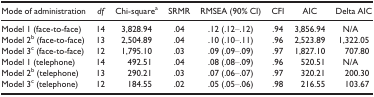
<table><thead><tr><td><b>Mode of administration</b></td><td><b><i>df</i></b></td><td><b>Chi-squarea</b></td><td><b>SRMR</b></td><td><b>RMSEA (90% CI)</b></td><td><b>CFI</b></td><td><b>AIC</b></td><td><b>Delta AIC</b></td></tr></thead><tbody><tr><td>Model 1 (face-to-face)</td><td>14</td><td>3,828.94</td><td>.04</td><td>.12 (.12–.12)</td><td>.94</td><td>3,856.94</td><td>N/A</td></tr><tr><td>Model 2b (face-to-face)</td><td>13</td><td>2,504.89</td><td>.04</td><td>.10 (.10–.11)</td><td>.96</td><td>2,523.89</td><td>1,322.05</td></tr><tr><td>Model 3c (face-to-face)</td><td>12</td><td>1,795.10</td><td>.03</td><td>.09 (.09–.09)</td><td>.97</td><td>1,827.10</td><td>707.80</td></tr><tr><td>Model 1 (telephone)</td><td>14</td><td>492.51</td><td>.04</td><td>.08 (.08–.09)</td><td>.96</td><td>520.51</td><td>N/A</td></tr><tr><td>Model 2b (telephone)</td><td>13</td><td>290.21</td><td>.03</td><td>.07 (.06–.07)</td><td>.97</td><td>320.21</td><td>200.30</td></tr><tr><td>Model 3c (telephone)</td><td>12</td><td>184.55</td><td>.02</td><td>.05 (.05–.06)</td><td>.98</td><td>216.55</td><td>103.67</td></tr></tbody></table>